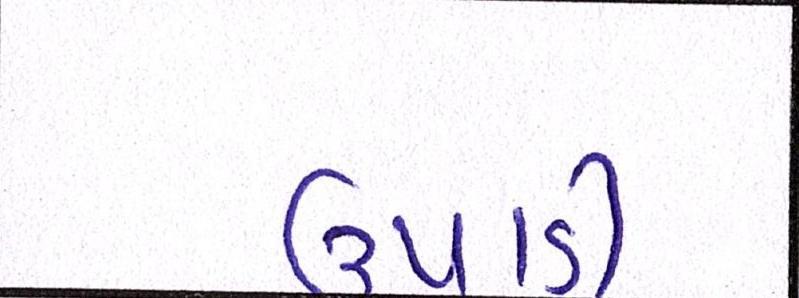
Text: ઉપાડી